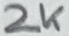
Text: 2K